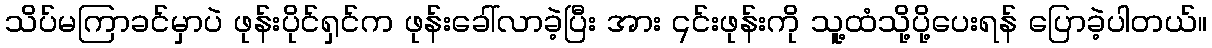
သိပ်မကြာခင်မှာပဲ ဖုန်းပိုင်ရှင်က ဖုန်းခေါ်လာခဲ့ပြီး အား ၎င်းဖုန်းကို သူ့ထံသို့ပို့ပေးရန် ပြောခဲ့ပါတယ်။